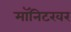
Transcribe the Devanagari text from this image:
मॉनिटरवर